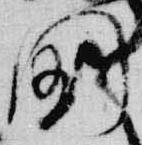
国